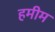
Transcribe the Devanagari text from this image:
हमीम